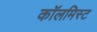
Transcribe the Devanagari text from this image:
कॉलमिस्ट